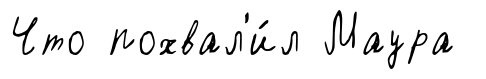
Что похвал'и́л Маура